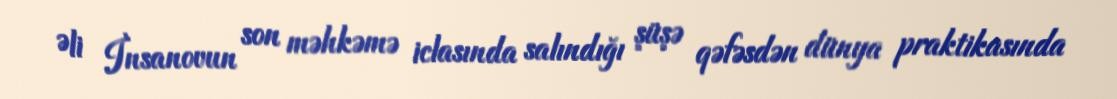
Əli İnsanovun son məhkəmə iclasında salındığı şüşə qəfəsdən dünya praktikasında